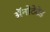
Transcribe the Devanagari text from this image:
ॲनोटेटेड